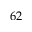
6 2